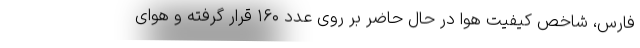
فارس، شاخص کیفیت هوا در حال حاضر بر روی عدد ۱۶۰ قرار گرفته و هوای